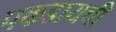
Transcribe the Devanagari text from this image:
पकडायची